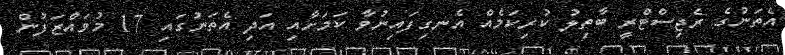
އެތަނުގެ ރެޖިސްޓްރީ ބާތިލު ކުރިކަމެއް އެނގިފައިނުވާ ކަމަށާއި އަދި އެތަނުގައި 17 މުވައްޒަފުން